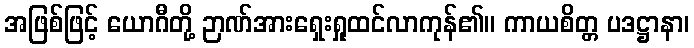
အဖြစ်ဖြင့် ယောဂီတို့ ဉာဏ်အားရှေးရှုထင်လာကုန်၏။ ကာယစိတ္တ ပဒဋ္ဌာနာ၊